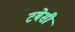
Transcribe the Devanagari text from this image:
टबेसी